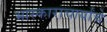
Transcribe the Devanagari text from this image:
भास्काराचार्यांचे